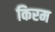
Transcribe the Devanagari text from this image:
किरम